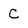
Character: C